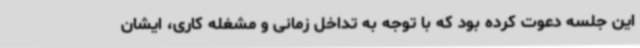
این جلسه دعوت کرده بود که با توجه به تداخل زمانی و مشغله کاری، ایشان